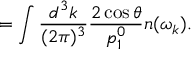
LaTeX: = \int \frac { d ^ { 3 } k } { ( 2 \pi ) ^ { 3 } } \frac { 2 \cos { \theta } } { p _ { 1 } ^ { 0 } } n ( \omega _ { k } ) .